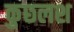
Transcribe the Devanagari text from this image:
कुछलश